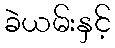
ခဲယမ်းနှင့်